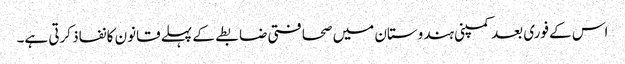
اس کے فوری بعد کمپنی ہندوستان میں صحافتی ضابطے کے پہلے قانون کا نفاذ کرتی ہے۔